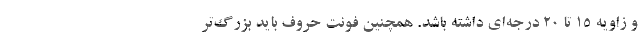
و زاویه ۱۵ تا ۲۰ درجه‌ای داشته باشد. همچنین فونت حروف باید بزرگ‌تر